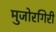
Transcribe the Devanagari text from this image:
मुजोरगिरी